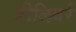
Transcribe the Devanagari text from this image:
डीलिवर्र